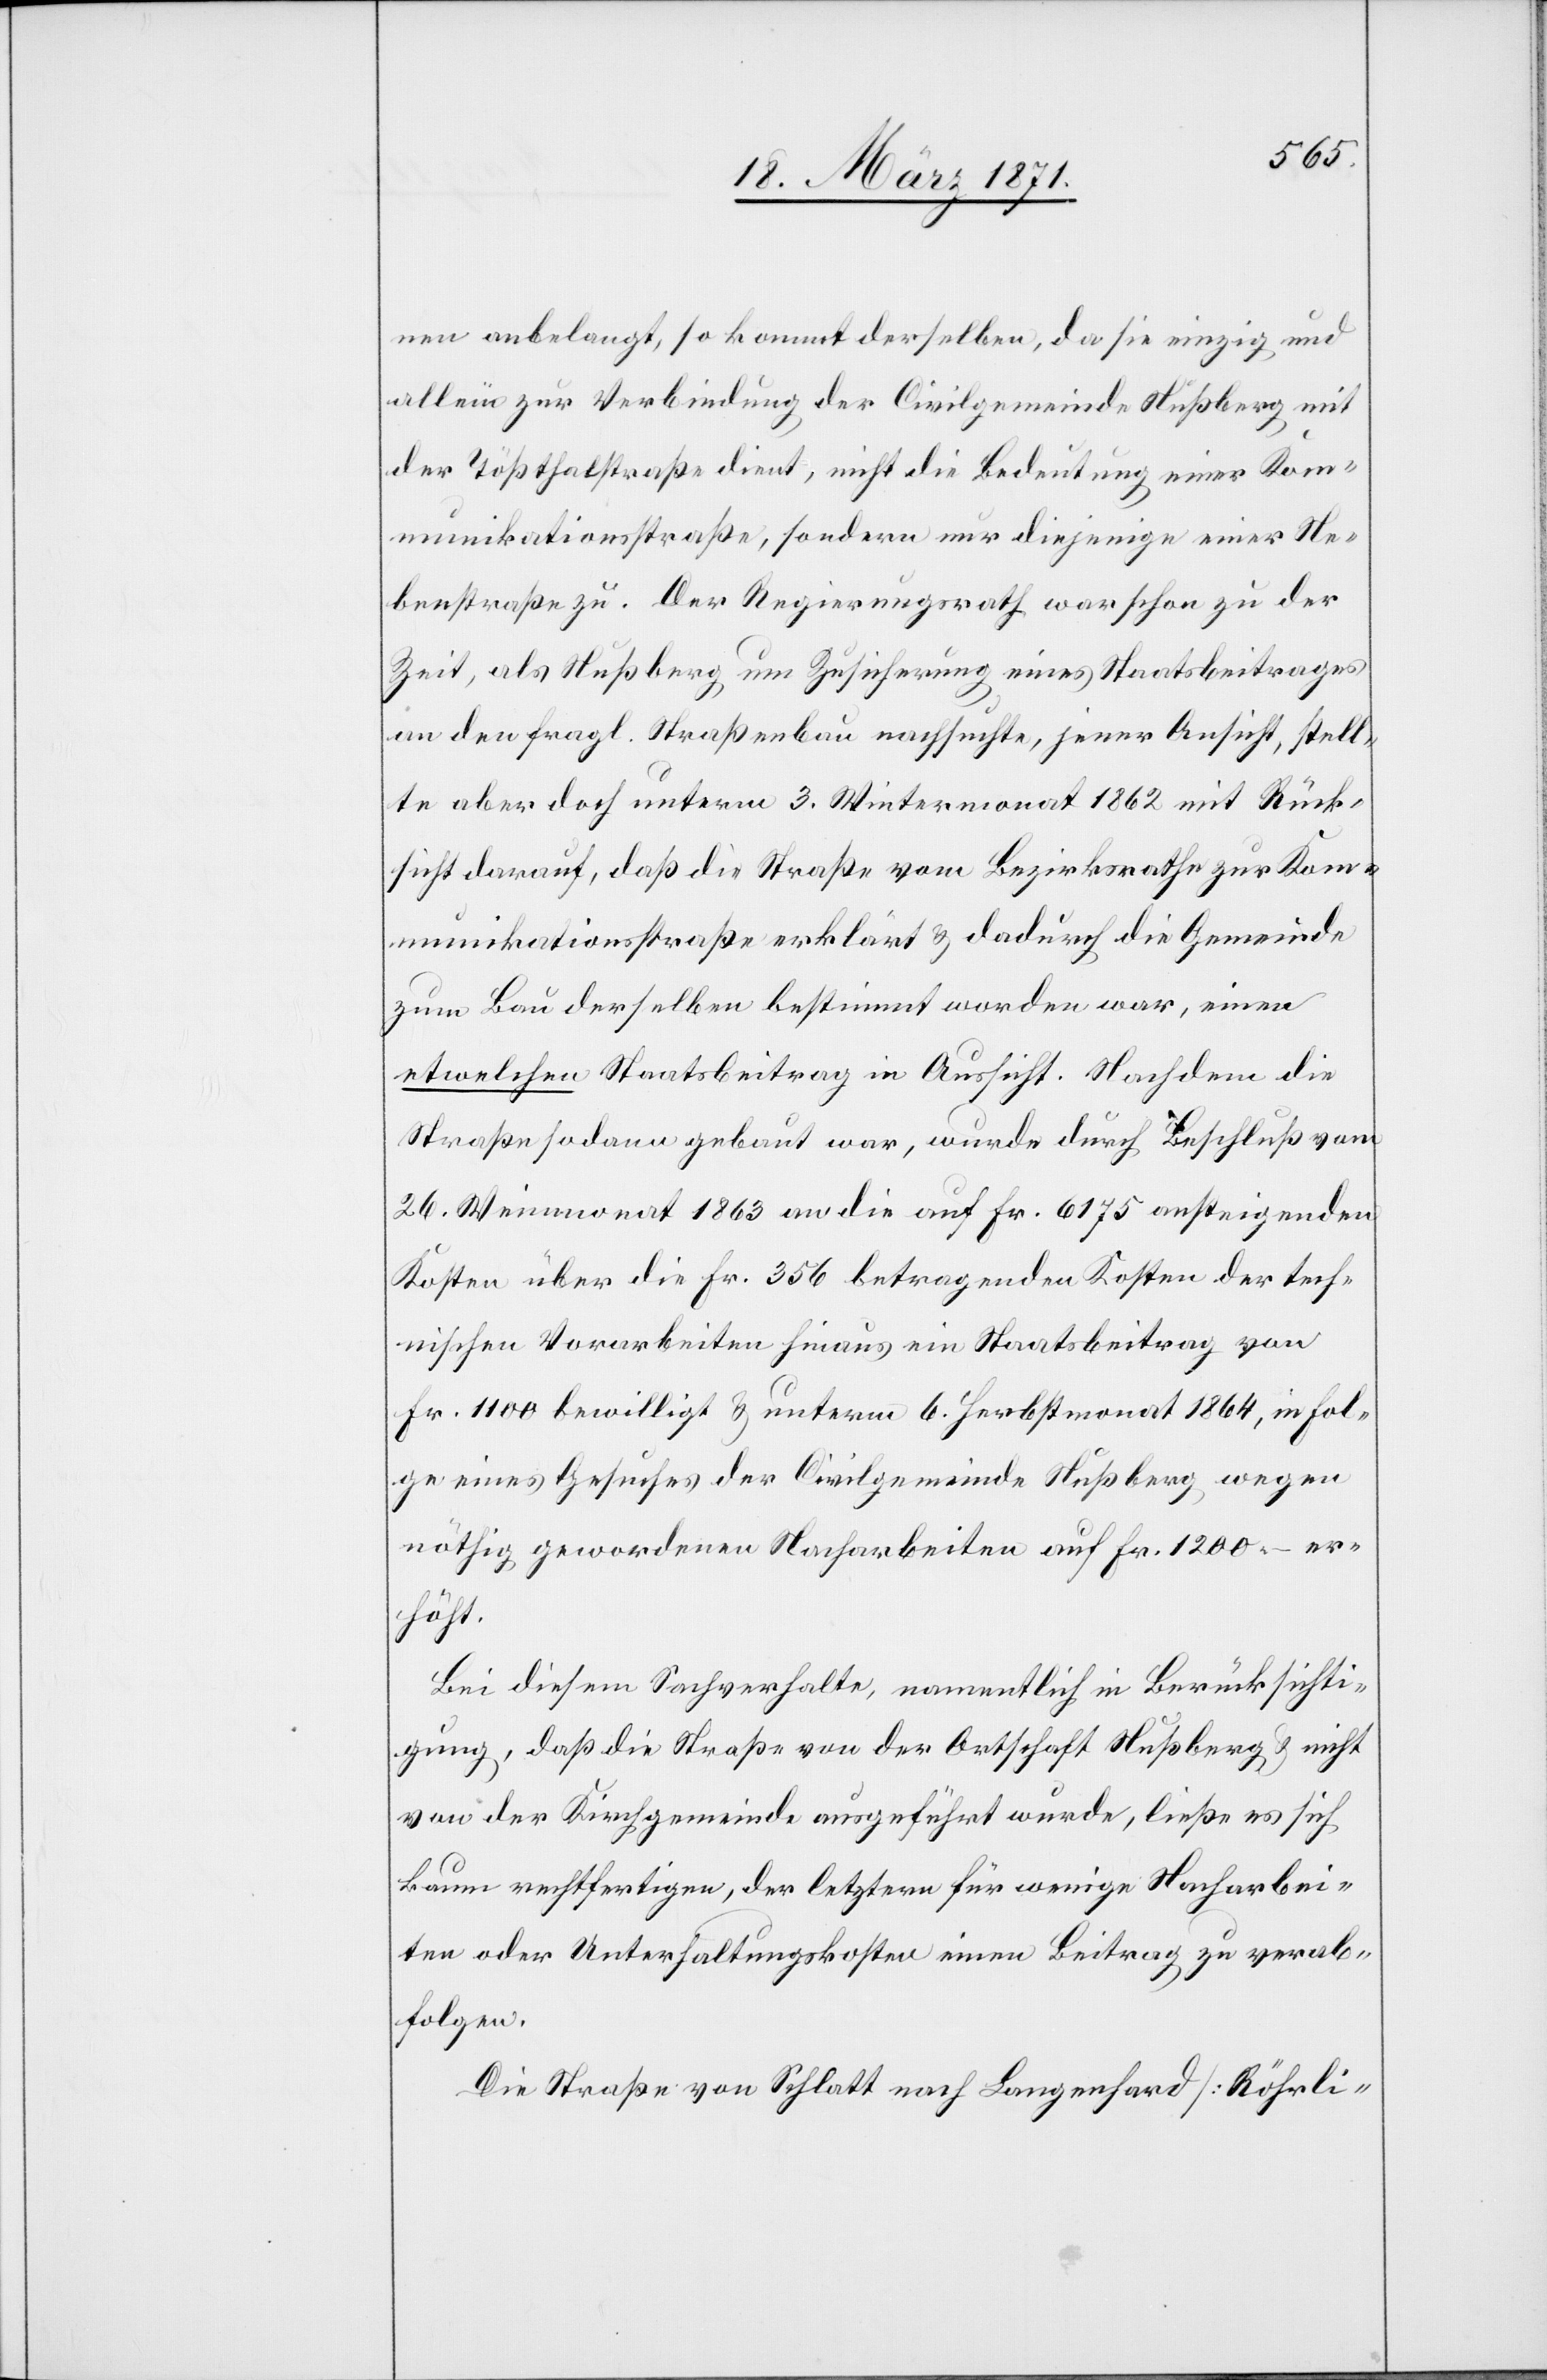
nen anbelangt, so kommt derselben, da sie einzig und
allein zur Verbindung der Civilgemeinde Nußberg mit
der Tößthalstraße dient, nicht die Bedeutung einer Kom¬
munikationsstraße, sondern nur diejenige einer Ne¬
benstraße zu. Der Regierungsrath war schon zu der
Zeit, als Nußberg um Zusicherung eines Staatsbeitrages
an den fragl. Straßenbau nachsuchte, jener Ansicht, stell¬
te aber doch unterm 3. Wintermonat 1862 mit Rück¬
sicht darauf, daß die Straße vom Bezirksrath zur Kom¬
munikationsstraße erklärt u. dadurch die Gemeinde
zum Bau derselben bestimmt worden war, einen
etwelchen Staatsbeitrag in Aussicht. nachdem die
Straße sodann gebaut war, wurde durch Beschluß vom
26. Weinmonat 1863 an die auf Fr. 6175 ansteigenden
Kosten über die Fr. 356 betragenden Kosten der tech¬
nischen Vorarbeiten hinaus ein Staatsbeitrag von
Fr. 1100 bewilligt u. unterm 6. Herbstmonat 1864, in Fol¬
ge eines Gesuches der Civilgemeinde Nußberg wegen
nöthig gewordenen Nacharbeiten auf Fr. 1200.– er¬
höht.
Bei diesem Sachverhalte, namentlich in Berücksichti¬
gung, daß die Straße von der Ortschaft Nußberg u. nicht
von der Kirchgemeinde ausgeführt wurde, ließe es sich
kaum rechtfertigen, der letztern für wenige Nacharbei¬
ten oder Unterhaltungskosten einen Beitrag zu verab¬
folgen.
Die Straße von Schlatt nach Langenhard [Röhrli-